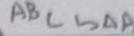
A B C \sim \Delta A